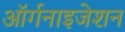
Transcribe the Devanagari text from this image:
अॉर्गनाइजेशन